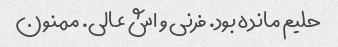
حلیم مانده بود. فرنی و اش عالی. ممنون